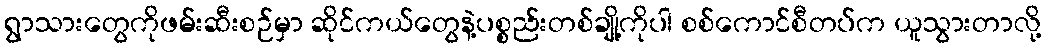
ရွာသားတွေကိုဖမ်းဆီးစဉ်မှာ ဆိုင်ကယ်တွေနဲ့ပစ္စည်းတစ်ချို့ကိုပါ စစ်ကောင်စီတပ်က ယူသွားတာလို့